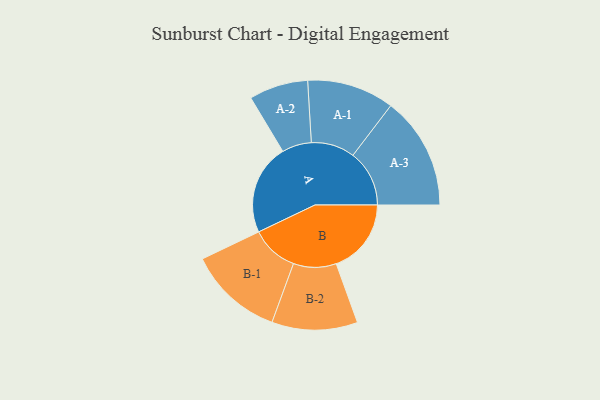
{"axis": {"x": "Segment", "y": "Value"}, "legend": ["", "A", "B"], "data": [{"x": "A", "y": 374, "type": ""}, {"x": "B", "y": 310, "type": ""}, {"x": "A-1", "y": 180, "type": "A"}, {"x": "A-2", "y": 122, "type": "A"}, {"x": "A-3", "y": 233, "type": "A"}, {"x": "B-1", "y": 196, "type": "B"}, {"x": "B-2", "y": 177, "type": "B"}]}